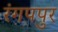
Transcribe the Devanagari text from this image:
रंगपपुर